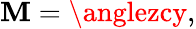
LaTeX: \mathbf{M}=\anglezcy,